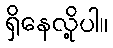
ရှိနေလို့ပါ။